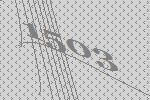
1503